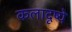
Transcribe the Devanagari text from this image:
कलादृष्ये